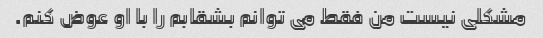
مشکلی نیست من فقط می توانم بشقابم را با او عوض کنم.